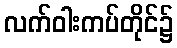
လက်ဝါးကပ်တိုင်၌